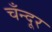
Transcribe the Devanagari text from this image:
चँन्दूर